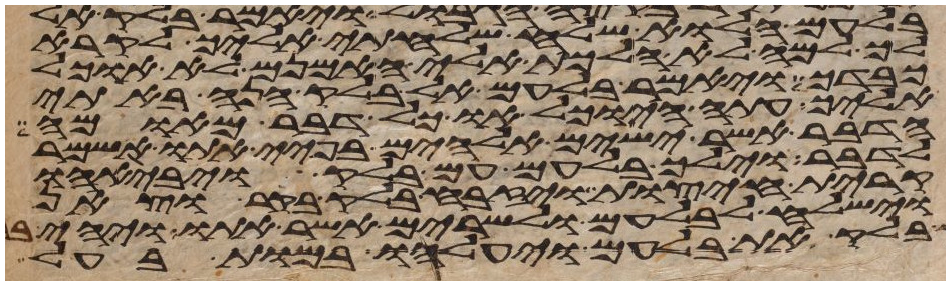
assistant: בלעם הלוא שלח שלחתי אליך לקרא
לך למה לא הלכת אלי האמנם לא אוכל
כבדך ויאמר בלעם אל בלק הנה באתי
אליך עתה היוכל אוכל דבר מאומה
הדבר אשר ישים אלהים בפיי אתו אשמר
לדבר וילך בלעם עם בלק ויבאהו
קרית חיצות ויזבח בלק בקר וצאן
וישלח לבלעם ולשרים אשר אתו ויהי
בלק את בלעם ויעלהו במות בעל